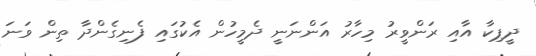
ދީޕިކާ އާއި ރަންވީރު މިހާރު އަންނަނީ ދެމީހުން އެކުގައި ފެނިގެންދާ ތިން ވަނަ